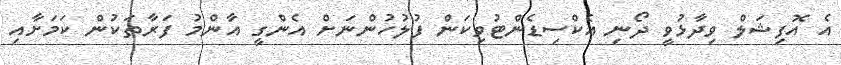
އެ އޮފިޝަލް ވިދާޅުވީ ދޯނި އެކްސިޑެންޓުވިކަން ފުލުހުންނަށް އެންގީ އާންމު ފަރާތަކުން ކަމަށާއި